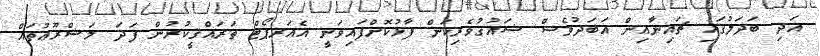
އަދި ބަދަލުގައި ޗައިނާއިން އަބަދުވެސް ޝައުގުވެރިކަން ފާޅުކޮށްފައިވަނީ އެއަރޕޯޓް ތަރައްޤީކުރުން ފަދަ މަޝްރޫޢުތައް